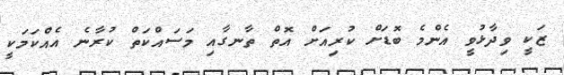
ޒަކީ ވިދާޅުވީ އެންމެ ބޮޑަށް ކުރިއަށް އޮތް ތާނގާއި މަސައްކަތް ކުރާނެ އެއްކަމަކީ